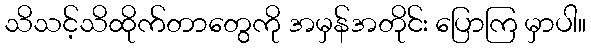
သိသင့်သိထိုက်တာတွေကို အမှန်အတိုင်း ပြောကြ မှာပါ။